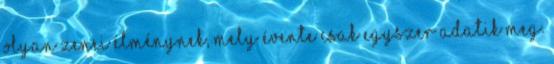
olyan zenei élménynek, mely évente csak egyszer adatik meg.